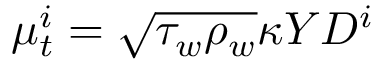
\mu _ { t } ^ { i } = \sqrt { \tau _ { w } \rho _ { w } } \kappa Y D ^ { i }